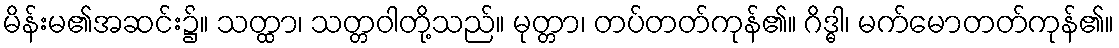
မိန်းမ၏အဆင်း၌။ သတ္ထာ၊ သတ္တဝါတို့သည်။ မုတ္တာ၊ တပ်တတ်ကုန်၏။ ဂိဒ္ဓါ၊ မက်မောတတ်ကုန်၏။